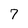
Character: 7